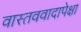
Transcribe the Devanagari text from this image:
वास्तववादापेक्षा